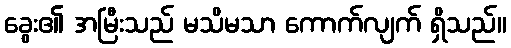
ခွေး၏ အမြီးသည် မသိမသာ ကောက်လျက် ရှိသည်။